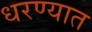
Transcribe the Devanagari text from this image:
धरण्‍यात